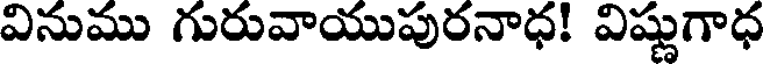
వినుము గురువాయుపురనాధ! విష్ణుగాధ